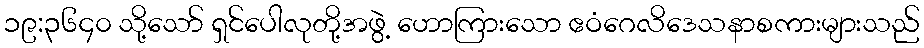
၁၉:၃၆၄၀ သို့သော် ရှင်ပေါလုတို့အဖွဲ့ ဟောကြားသော ဧဝံဂေလိဒေသနာစကားများသည်